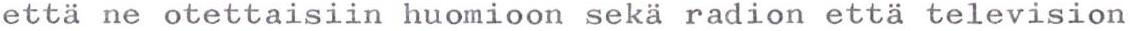
että ne otettaisiin huomioon sekä radion että television